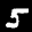
Label: 5